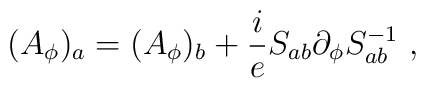
(A_\phi)_a=(A_\phi)_b+\frac ieS_{ab}\partial_\phi S_{ab}^{-1} \ ,